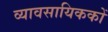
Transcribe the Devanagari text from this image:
व्यावसायिककों